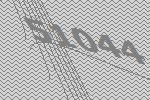
51044